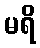
မရိ